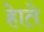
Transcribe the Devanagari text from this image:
हेाते